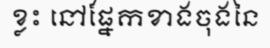
ខ្លះ នៅផ្នែកខាងចុងនៃ